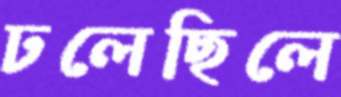
ঢলেছিলে